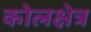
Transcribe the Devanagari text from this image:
कोलक्षेत्र